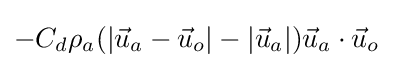
-C_{d}\rho _{a}(|{\vec {u}}_{a}-{\vec {u}}_{o}|-|{\vec {u}}_{a}|){\vec {u}}_{a}\cdot {\vec {u}}_{o}